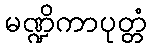
မဏ္ဍိကာပုတ္တံ